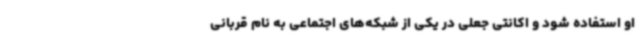
او استفاده شود و اکانتی جعلی در یکی از شبکه‌های اجتماعی به نام قربانی